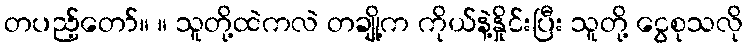
တပည့်တော်။ ။ သူတို့ထဲကလဲ တချို့က ကိုယ်နဲ့နှိုင်းပြီး သူတို့ ငွေစုသလို